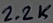
Text: 2.2K